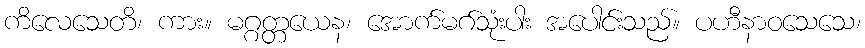
ကိလေသေတိ၊ ကား။ မဂ္ဂတ္တယေန၊ အောက်မဂ်သုံးပါး အပေါင်းသည်။ ပဟီနာဝသေသေ၊